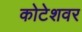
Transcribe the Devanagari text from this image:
कोटेशवर